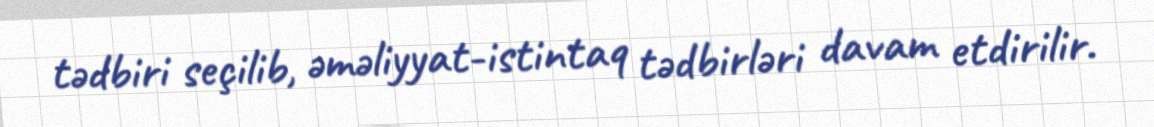
tədbiri seçilib, əməliyyat-istintaq tədbirləri davam etdirilir.